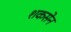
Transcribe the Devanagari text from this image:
शकसेन